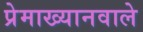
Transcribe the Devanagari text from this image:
प्रेमाख्यानवाले